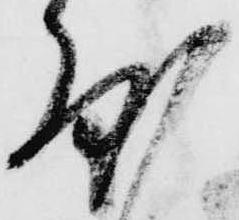
度